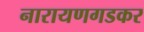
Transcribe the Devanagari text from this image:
नारायणगडकर